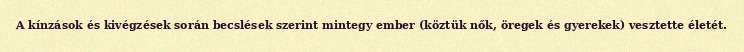
A kínzások és kivégzések során becslések szerint mintegy ember (köztük nők, öregek és gyerekek) vesztette életét.